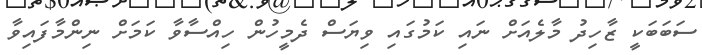
ސަބަބަކީ ޒާހިދު މާލެއަށް ނައި ކަމުގައި ވިޔަސް ދެމީހުން ހިއްސާވާ ކަމަށް ނިންމާފައިވާ